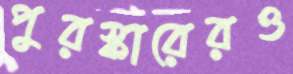
পুরস্কারেরও